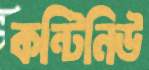
কন্টিনিউ